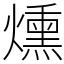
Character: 燻